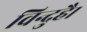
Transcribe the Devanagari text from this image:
विन्दुहै।